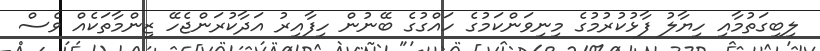
ލިބިގަތުމާއި ހިޔާލު ފާޅުކުރުމުގެ މިނިވަންކަމުގެ ހައްގުގެ ބޭނުން ހިފާއިރު އަދާކުރަންޖެހޭ ޒިންމާތަކެއް ވެސް